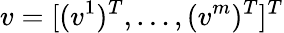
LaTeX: v=[(v^{1})^{T},\dots,(v^{m})^{T}]^{T}